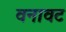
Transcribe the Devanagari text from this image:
वनावट